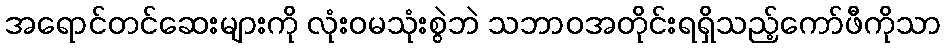
အရောင်တင်ဆေးများကို လုံးဝမသုံးစွဲဘဲ သဘာဝအတိုင်းရရှိသည့်ကော်ဖီကိုသာ